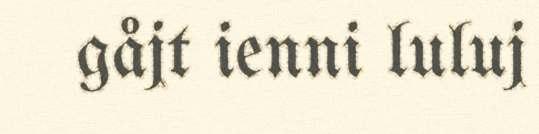
gåjt ienni luluj